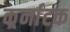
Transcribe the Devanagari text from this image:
कर्र्नाटक